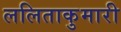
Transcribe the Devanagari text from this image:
ललिताकुमारी